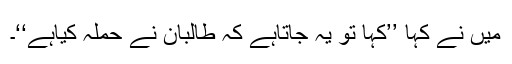
میں نے کہا ’’کہا تو یہ جاتاہے کہ طالبان نے حملہ کیاہے‘‘۔